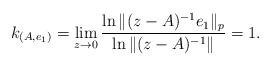
LaTeX: \begin{align*}k_{(A,e_1)}=\lim\limits_{z\rightarrow 0}\frac{\ln\|(z-A)^{-1}e_1\|_p}{\ln\|(z-A)^{-1}\|}=1.\end{align*}